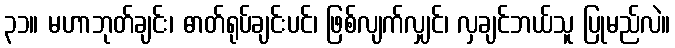
၃၁။ မဟာဘုတ်ချင်း၊ ဓာတ်ရုပ်ချင်းပင်၊ ဖြစ်လျက်လျှင်၊ လှချင်ဘယ်သူ ပြုမည်လဲ။